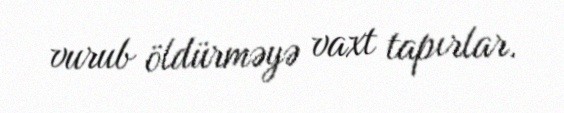
vurub öldürməyə vaxt tapırlar.